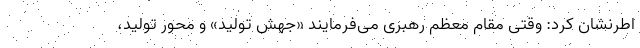
اطرنشان کرد: وقتی مقام معظم رهبری می‌فرمایند «جهش تولید» و محور تولید،